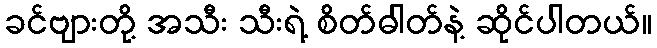
ခင်ဗျားတို့ အသီး သီးရဲ့ စိတ်ဓါတ်နဲ့ ဆိုင်ပါတယ်။